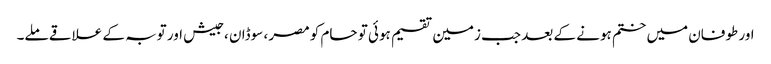
اور طوفان میں ختم ہونے کے بعد جب زمین تقسیم ہوئی تو حام کو مصر ، سوڈان ، جیش اور توبہ کے علاقے ملے۔